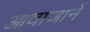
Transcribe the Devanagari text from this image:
आवाजानें